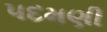
પદમણી